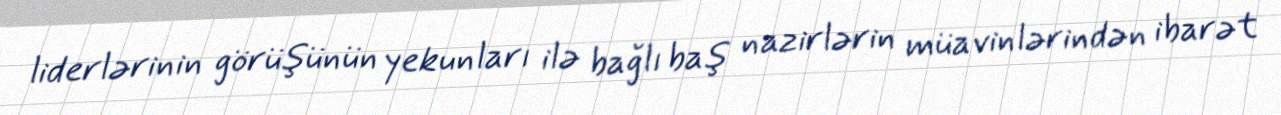
liderlərinin görüşünün yekunları ilə bağlı baş nazirlərin müavinlərindən ibarət